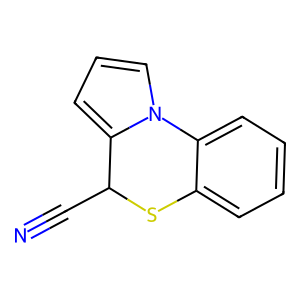
SMILES: N#CC1Sc2ccccc2-n2cccc21
Inhibits HIV replication: No